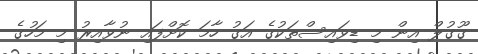
ގޫގުލް އިން މި ޑިވައިސްތަކުގެ އަގު ހާމަ ކޮށްފައި ނުވާއިރު މި މަހުގެ